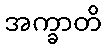
အက္ခာတိ